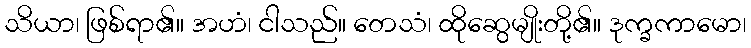
သိယာ၊ ဖြစ်ရာ၏။ အဟံ၊ ငါသည်။ တေသံ၊ ထိုဆွေမျိုးတို့၏။ ဒုက္ခကာမော၊